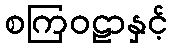
စကြဝဠာနှင့်